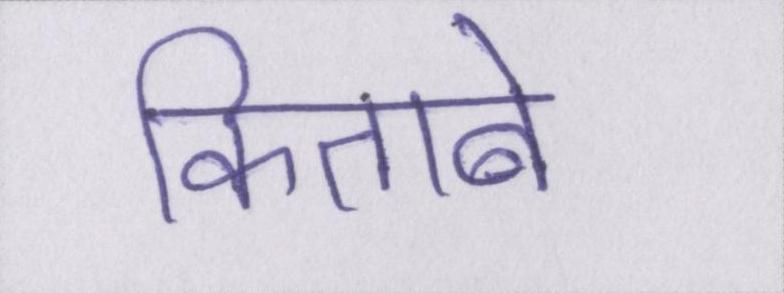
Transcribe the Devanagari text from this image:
किताबें